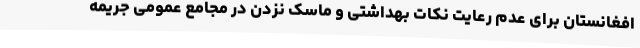
افغانستان برای عدم رعایت نکات بهداشتی و ماسک نزدن در مجامع عمومی جریمه